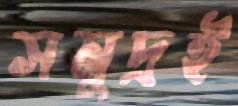
সমুদ্রই